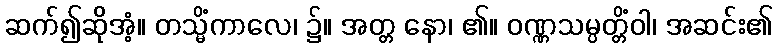
ဆက်၍ဆိုအံ့။ တသ္မိံကာလေ၊ ၌။ အတ္တ နော၊ ၏။ ဝဏ္ဏသမ္ပတ္တိံဝါ၊ အဆင်း၏